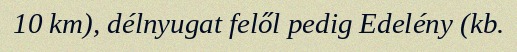
10 km), délnyugat felől pedig Edelény (kb.